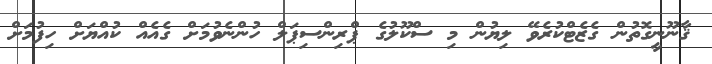
ޤާނޫނީގޮތުން ގެޒެޓްކުރެވޭ ލިޔުން މި ސްކޫލުގެ ޕްރިންސިޕަލް ހުންނެވުމަށް ގެއެއް ކުއްޔަށް ހިފުމަށް